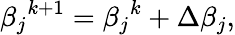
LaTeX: {\beta_{j}}^{k+1}={\beta_{j}}^{k}+\Delta\beta_{j},